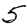
Digit: 5